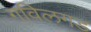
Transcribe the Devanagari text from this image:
गविलगड